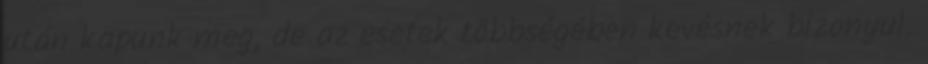
után kapunk meg, de az esetek többségében kevésnek bizonyul.